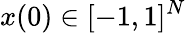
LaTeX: x(0)\in[-1,1]^{N}